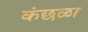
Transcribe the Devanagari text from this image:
कंछळा